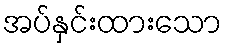
အပ်နှင်းထားသော